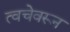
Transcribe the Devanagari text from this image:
त्वचेवरून